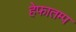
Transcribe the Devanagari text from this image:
हेफातम्प